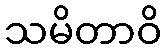
သမိတာဝိ